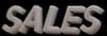
SALES